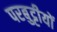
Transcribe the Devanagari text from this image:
परबुट्टीयों